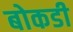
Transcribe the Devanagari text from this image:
बोकडी